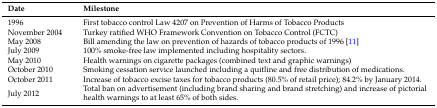
| Date | Milestone |
 | --- | --- |
 | 1996 | First tobacco control Law 4207 on Prevention of Harms of Tobacco Products |
 | November 2004 | Turkey ratified WHO Framework Convention on Tobacco Control (FCTC) |
 | May 2008 | Bill amending the law on prevention of hazards of tobacco products of 1996 [11] |
 | July 2009 | 100% smoke-free law implemented including hospitality sectors. |
 | May 2010 | Health warnings on cigarette packages (combined text and graphic warnings) |
 | October 2010 | Smoking cessation service launched including a quitline and free distribution of medications. |
 | October 2011 | Increase of tobacco excise taxes for tobacco products (80.5% of retail price); 84.2% by January 2014. |
 | July 2012 | Total ban on advertisement (including brand sharing and brand stretching) and increase of pictorial health warnings to at least 65% of both sides. |